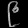
Digit: ၉